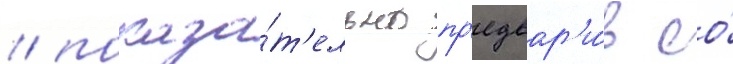
/ показа́т'ельно пр'едвар'и́в ео́